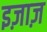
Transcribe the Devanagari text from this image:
इज़ाज़